Indian journal of veterinary science and animal husbandry - Volume 5,
Year: 1935
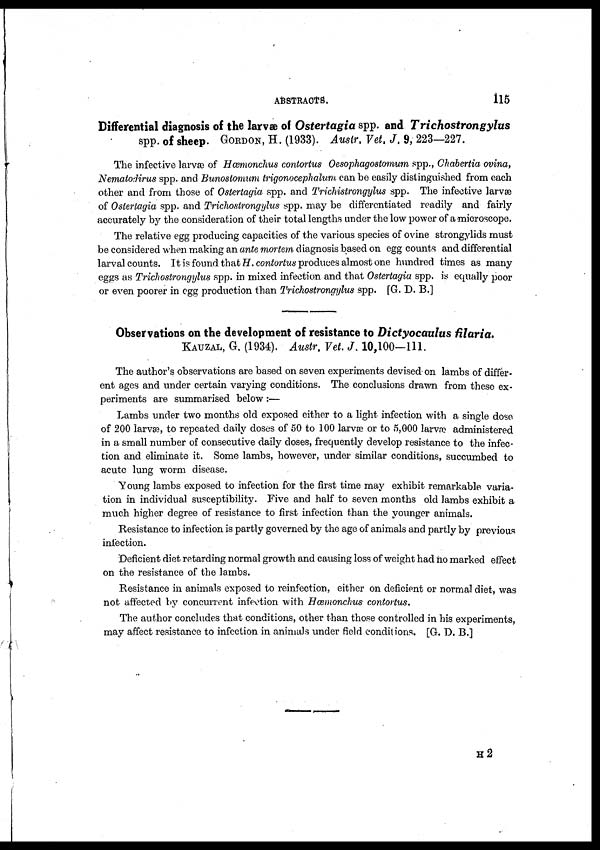
ABSTRACTS.
115
Differential diagnosis of the larvae of Ostertagia spp. and Trichostrongylus
spp. of sheep. GORDON, H. (1933). Austr, Vet. J, 9, 223—227.
The infective larvæ of Hæmonchus contortus Oesophagostomum spp., Chabertia ovina,
Nematodirus spp. and Bunostomum trigonocephalum can be easily distinguished from each
other and from those of Ostertagia spp. and Trichistrongylus spp. The infective larvæ
of Ostertagia spp. and Trichostrongylus spp. may be differentiated readily and fairly
accurately by the consideration of their total lengths under the low power of a microscope.
The relative egg producing capacities of the various species of ovine strongylids must
be considered when making an ante mortem diagnosis based on egg counts and differential
larval counts. It is found that H. contortus produces almost one hundred times as many
eggs as Trichostrongylus spp. in mixed infection and that Ostertagia spp. is equally poor
or even poorer in egg production than Trichostrongylus spp. [G. D. B.]
Observations on the development of resistance to Dictyocaulus filaria.
KAUZAL, G. (1934). Austr, Vet. J. 10,100—111.
The author's observations are based on seven experiments devised on lambs of differ-
ent ages and under certain varying conditions. The conclusions drawn from these ex-
periments are summarised below :—
Lambs under two months old exposed either to a light infection with a single dose
of 200 larvæ, to repeated daily doses of 50 to 100 larvæ or to 5,000 larvæ administered
in a small number of consecutive daily doses, frequently develop resistance to the infec-
tion and eliminate it. Some lambs, however, under similar conditions, succumbed to
acute lung worm disease.
Young lambs exposed to infection for the first time may exhibit remarkable varia-
tion in individual susceptibility. Five and half to seven months old lambs exhibit a
much higher degree of resistance to first infection than the younger animals.
Resistance to infection is partly governed by the age of animals and partly by previous
infection.
Deficient diet retarding normal growth and causing loss of weight had no marked effect
on the resistance of the lambs.
Resistance in animals exposed to reinfection, either on deficient or normal diet, was
not affected by concurrent infection with Hæmonchus contortus.
The author concludes that conditions, other than those controlled in his experiments,
may affect resistance to infection in animals under field conditions. [G. D. B.]
H 2